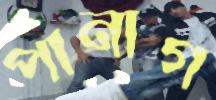
পানাগ